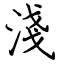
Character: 淺